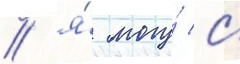
/ я́ могу́ с